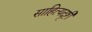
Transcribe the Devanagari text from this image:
साहित्यदृष्टी